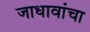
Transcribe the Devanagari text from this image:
जाधावांचा